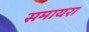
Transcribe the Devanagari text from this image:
समायरा